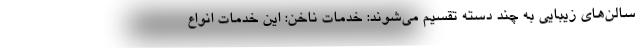
سالن‌های زیبایی به چند دسته تقسیم می‌شوند: خدمات ناخن: این خدمات انواع